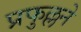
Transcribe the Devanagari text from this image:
प्रफुल्लने